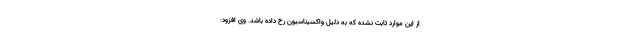
از این موارد ثابت نشده که به دلیل واکسیناسیون رخ داده باشد. وی افزود: